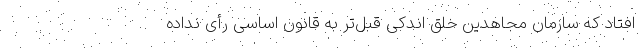
افتاد که سازمان مجاهدین خلق اندکی قبل‌تر به قانون اساسی رأی نداده